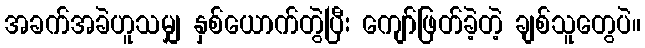
အခက်အခဲဟူသမျှ နှစ်ယောက်တွဲပြီး ကျော်ဖြတ်ခဲ့တဲ့ ချစ်သူတွေပဲ။